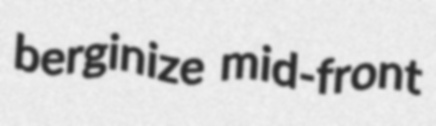
berginize mid-front